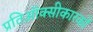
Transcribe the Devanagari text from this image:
प्रतिऑक्सीकारकों